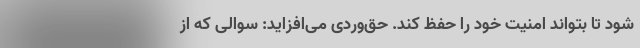
شود تا بتواند امنیت خود را حفظ کند. حق‌وردی می‌افزاید: سوالی که از